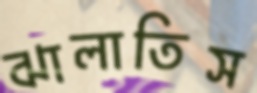
ঝালাতিস